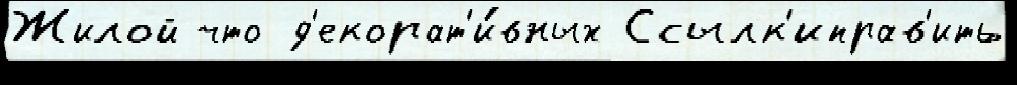
Жилой что д'екорат'и́вных Ссылк'иправ'ить